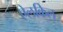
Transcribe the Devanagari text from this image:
ऐलकिल